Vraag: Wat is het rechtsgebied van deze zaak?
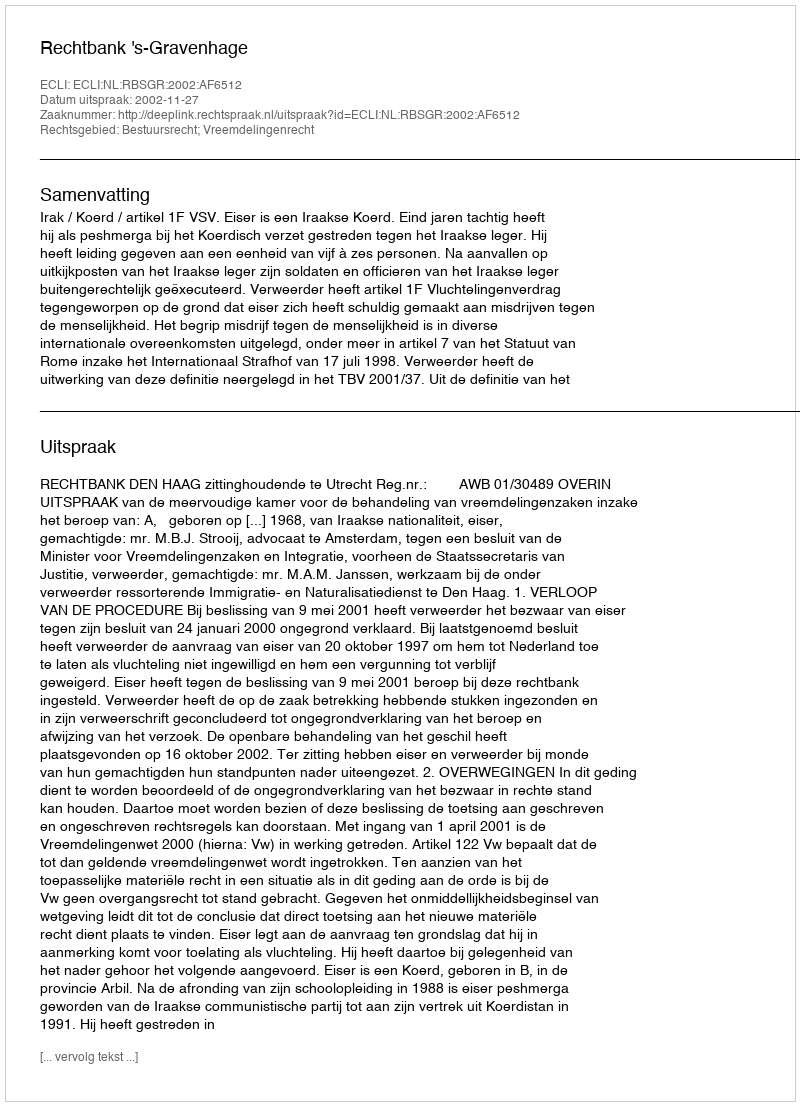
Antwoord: Bestuursrecht; Vreemdelingenrecht